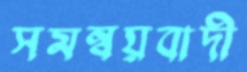
সমন্বয়বাদী